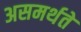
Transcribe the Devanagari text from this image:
असमर्थते